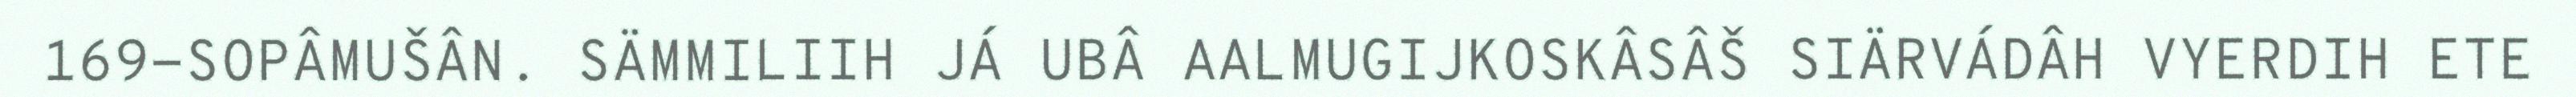
169-SOPÂMUŠÂN. SÄMMILIIH JÁ UBÂ AALMUGIJKOSKÂSÂŠ SIÄRVÁDÂH VYERDIH ETE